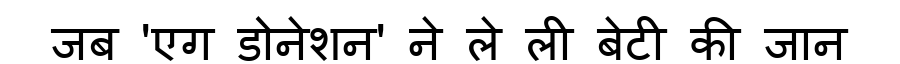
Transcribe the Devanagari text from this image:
जब 'एग डोनेशन' ने ले ली बेटी की जान